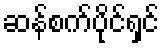
ဆန်စက်ပိုင်ရှင်